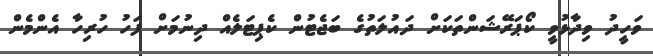
ވަހީދު ވިދާޅުވީ ކޯޕަރޭޝަންތަކަށް ދައުލަތުގެ ބަޖެޓުން ކެޕިޓަލެއް ދިނުމަށް ފަހު ހުރިހާ އެންމެން